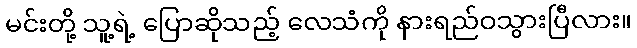
မင်းတို့ သူ့ရဲ့ ပြောဆိုသည့် လေသံကို နားရည်ဝသွားပြီလား။